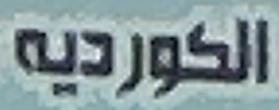
الكورديه